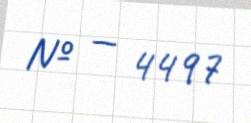
№ — 4497